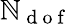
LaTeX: \mathbb{N}_{\mathrm{{~d~o~f~}}}